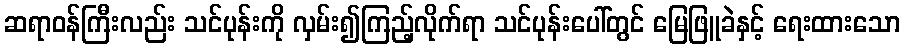
ဆရာဝန်ကြီးလည်း သင်ပုန်းကို လှမ်း၍ကြည့်လိုက်ရာ သင်ပုန်းပေါ်တွင် မြေဖြူခဲနှင့် ရေးထားသော